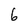
Character: 6